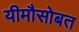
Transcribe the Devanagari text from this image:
यीमौसोबत